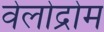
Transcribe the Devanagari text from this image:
वेलोद्रोम